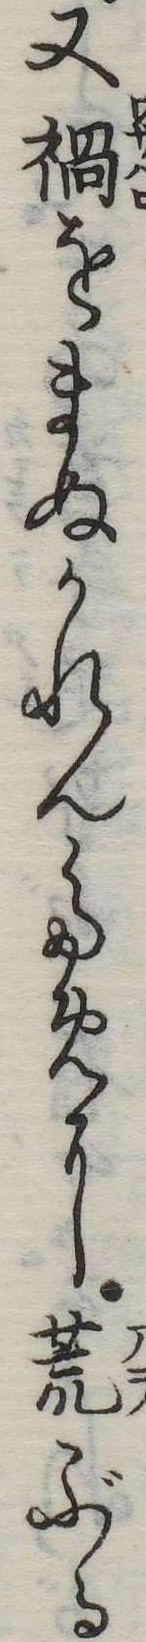
又禍をまぬかれんために荒ぶる